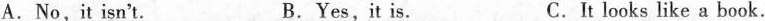
A.No,it isn't. B.Yes,it is. C.It looks like a book.